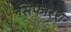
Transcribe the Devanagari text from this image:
सिफारश